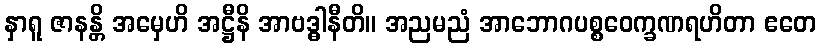
နှာရူ ဇာနန္တိ အမှေဟိ အဋ္ဌီနိ အာဗဒ္ဓါနီတိ။ အညမညံ အာဘောဂပစ္စဝေက္ခဏရဟိတာ ဧတေ